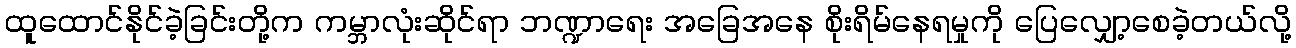
ထူထောင်နိုင်ခဲ့ခြင်းတို့က ကမ္ဘာလုံးဆိုင်ရာ ဘဏ္ဍာရေး အခြေအနေ စိုးရိမ်နေရမှုကို ပြေလျှော့စေခဲ့တယ်လို့